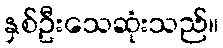
နှစ်ဦးသေဆုံးသည်။